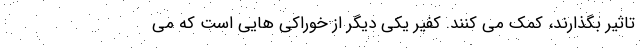
تاثیر بگذارند، کمک می کنند. کفیر یکی دیگر از خوراکی هایی است که می